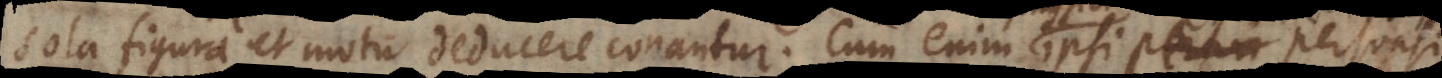
sola figura et motu deducere conantur. Cum enim ipsi quanquam